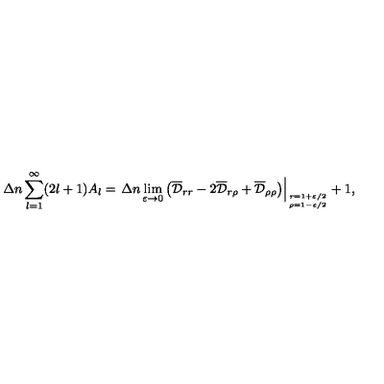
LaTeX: \Delta n \sum _ { l = 1 } ^ { \infty } ( 2 l + 1 ) A _ { l } = \left. \Delta n \lim _ { \varepsilon \to 0 } \left( \overline { { \cal D } } _ { r r } - 2 \overline { { \cal D } } _ { r \rho } + \overline { { \cal D } } _ { \rho \rho } \right) \right| _ { r = 1 + { \varepsilon } / { 2 } \atop \rho = 1 - { \varepsilon } / { 2 } } + 1 { , }